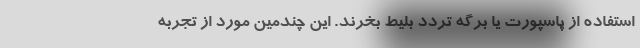
استفاده از پاسپورت یا برگه تردد بلیط بخرند. این چندمین مورد از تجربه